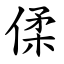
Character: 㑱